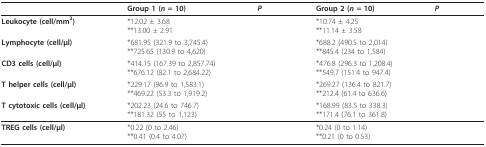
<table><thead><tr><td>[EMPTY_CELL]</td><td><b>Group 1 (<i>n </i>= 10)</b></td><td><b><i>P</i></b></td><td><b>Group 2 (<i>n </i>= 10)</b></td><td><b><i>P</i></b></td></tr></thead><tbody><tr><td><b>Leukocyte (cell/mm<sup>3</sup>)</b></td><td>*12.02 ± 3.68**13.00 ± 2.91</td><td>[EMPTY_CELL]</td><td>*10.74 ± 4.25**11.14 ± 3.58</td><td>[EMPTY_CELL]</td></tr><tr><td><b>Lymphocyte (cell/μl)</b></td><td>*681.95 (321.9 to 3,745.4)**725.65 (130.9 to 4,620)</td><td>[EMPTY_CELL]</td><td>*688.2 (490.5 to 2,014)**845.4 (234 to 1,584)</td><td>[EMPTY_CELL]</td></tr><tr><td><b>CD3 cells (cell/μl)</b></td><td>*414.15 (167.39 to 2,857.74)**676.12 (82.1 to 2,684.22)</td><td>[EMPTY_CELL]</td><td>*476.8 (296.3 to 1,208.4)**549.7 (151.4 to 947.4)</td><td>[EMPTY_CELL]</td></tr><tr><td><b>T helper cells (cell/μl)</b></td><td>*229.17 (96.9 to 1,583.1)**469.22 (53.3 to 1,919.2)</td><td>[EMPTY_CELL]</td><td>*269.27 (136.4 to 821.7)**212.4 (61.4 to 636.6)</td><td>[EMPTY_CELL]</td></tr><tr><td><b>T cytotoxic cells (cell/μl)</b></td><td>*202.23 (24.6 to 746.7)**181.32 (55 to 1,123)</td><td>[EMPTY_CELL]</td><td>*168.99 (83.5 to 338.3)**171.4 (76.1 to 361.8)</td><td>[EMPTY_CELL]</td></tr><tr><td><b>TREG cells (cell/μl)</b></td><td>*0.22 (0 to 2.46)**0.41 (0.4 to 4.07)</td><td>[EMPTY_CELL]</td><td>*0.24 (0 to 1.14)**0.21 (0 to 0.53)</td><td>[EMPTY_CELL]</td></tr></tbody></table>